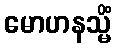
မောဟနသ္မိံ